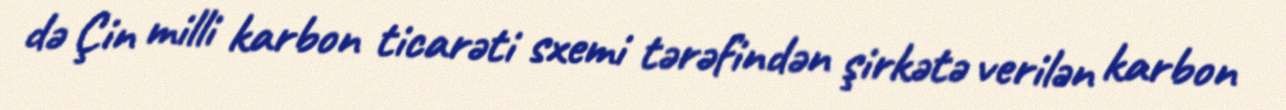
də Çin milli karbon ticarəti sxemi tərəfindən şirkətə verilən karbon